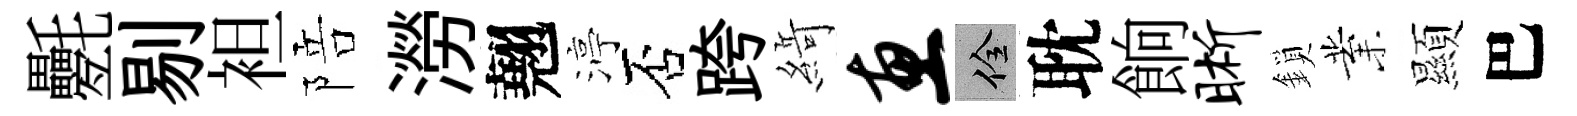
氎剔袒陪澇翹渟否跨𦂶惠佺耽餉晰鎖業顯巴